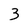
Character: 3